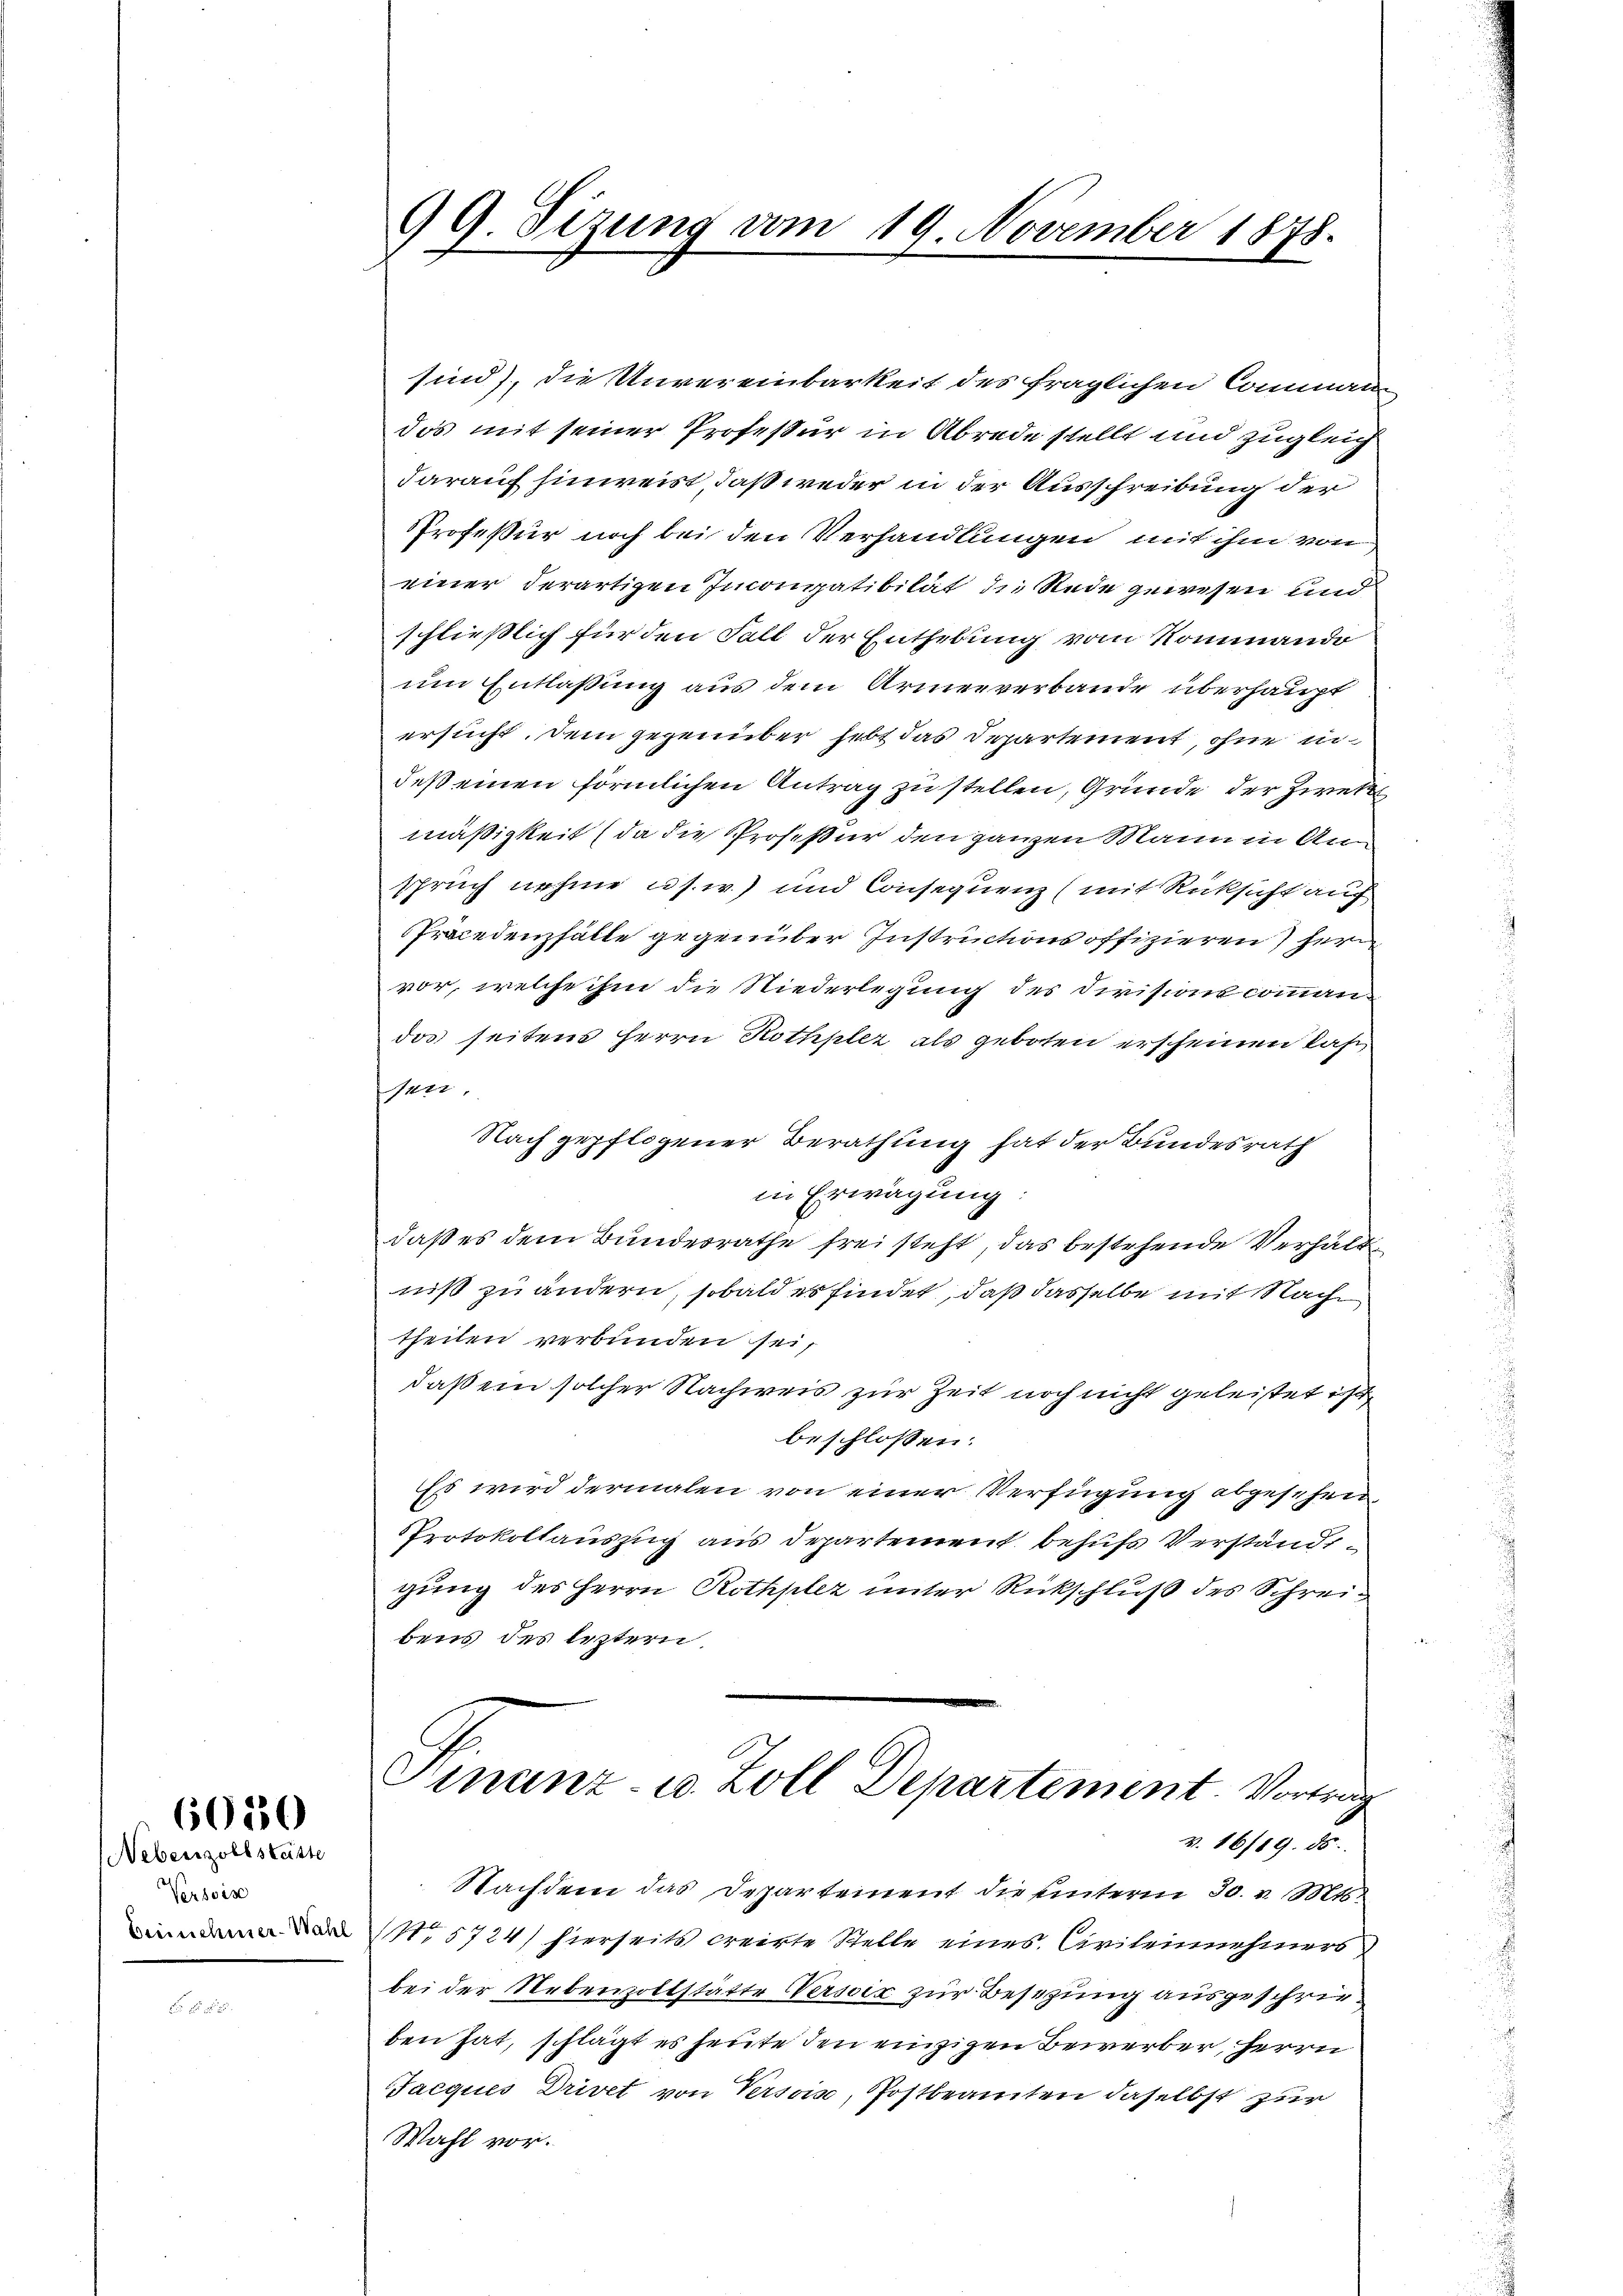
Nebenzollstette
Versois
beinnehmer-Wahl

6050

99. Sizung vom 19. November 1878.

sind), die Unvereinbarkeit des fraglichen Commandas mit seiner Professur in Abrede stellt und zugleich
darauf hinweist, daß weder in der Ausschreibung der
PProfeßur noch bei den Verhandlungen mit ihm von
einer derartigen Inconativität die Rede gewesen und
schließlich für den Fall der Enthebung vom Nommando
um Entlaßung aus dem Armenverbande überhaupt
ersucht, Dem gegenüber hebt das Departement, ohne in
deß einen förmlichen Antrag zu stellen, Gründe der Zirekt
mäßigkeit (da die Profeßur den ganzen Mann in Anspruch nehme u. s. w.) und Consequenz (mit Rücksicht auf
Präcedenzfälle gegenüber Instructions offizieren Herr
vor, welche ihm die Niederlegung des Divisionscommandas seitens Herrn Rothplez als geboten erscheinen Kasi
1472.
Nach gepflogener Berathung hat der Bundesrath
in Erwägung:
daß es dem Bundesrathe frei steht, das bestehende Verhält
niß zu ändern, sobald es findet, daß dasselbe mit Nach
theilen verbunden sei,
daß ein solcher Nachweis zur Zeit noch nicht geleistet ist
beschlossen:
Es wird dermalen von einer Verfügung abgesehen
Protokollauszug aus Departement behufs Verständigung des Herrn Rothplez unter Rückschluß des Schreibens des leztern.
Finanz- u. Zoll Departement. Vortrag
v. 16719. ds.
Nachdem das Departement die unterm 30. v. Mts.
No 5724) hierseits creirte Stelle eines Civileinnehmers
bei der Nebenzollstätte Versiz zur Besezung ausgeschrieben hat, schlägt es heute den einzigen Bewerber, Herrn
Jacques Drivet von Versois, Postbeamten daselbst zur
Wahl vor.